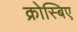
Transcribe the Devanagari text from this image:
क्रोस्बिए